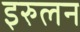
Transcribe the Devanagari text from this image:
इरुलन